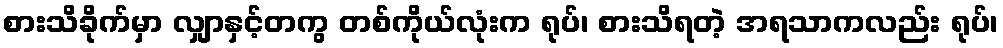
စားသိခိုက်မှာ လျှာနှင့်တကွ တစ်ကိုယ်လုံးက ရုပ်၊ စားသိရတဲ့ အရသာကလည်း ရုပ်၊